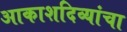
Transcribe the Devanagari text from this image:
आकाशदिव्यांचा